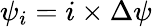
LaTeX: \psi_{i}=i\times\Delta\psi